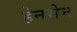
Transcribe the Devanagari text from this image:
हेनसेन